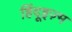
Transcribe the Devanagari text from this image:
हिंदूइज़्म